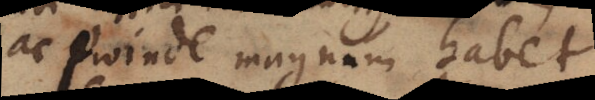
ac proinde magnum habet